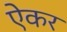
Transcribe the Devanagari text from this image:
ऐकर